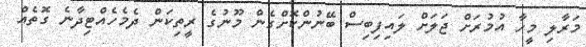
މަރާލި މީހާ އުމުރަށް ޖަލަށް ލައިފިބިސް ބޭނުންކޮށްގެން މޫނުގެ ރީތިކަން ދެމެހެއްޓިދާނެ ގޮތެއް